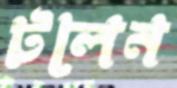
টলেন